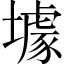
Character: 壉